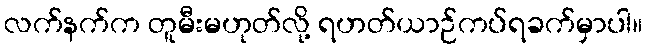
လက်နက်က တူမီးမဟုတ်လို့ ရဟတ်ယာဉ်ကပ်ရခက်မှာပါ။